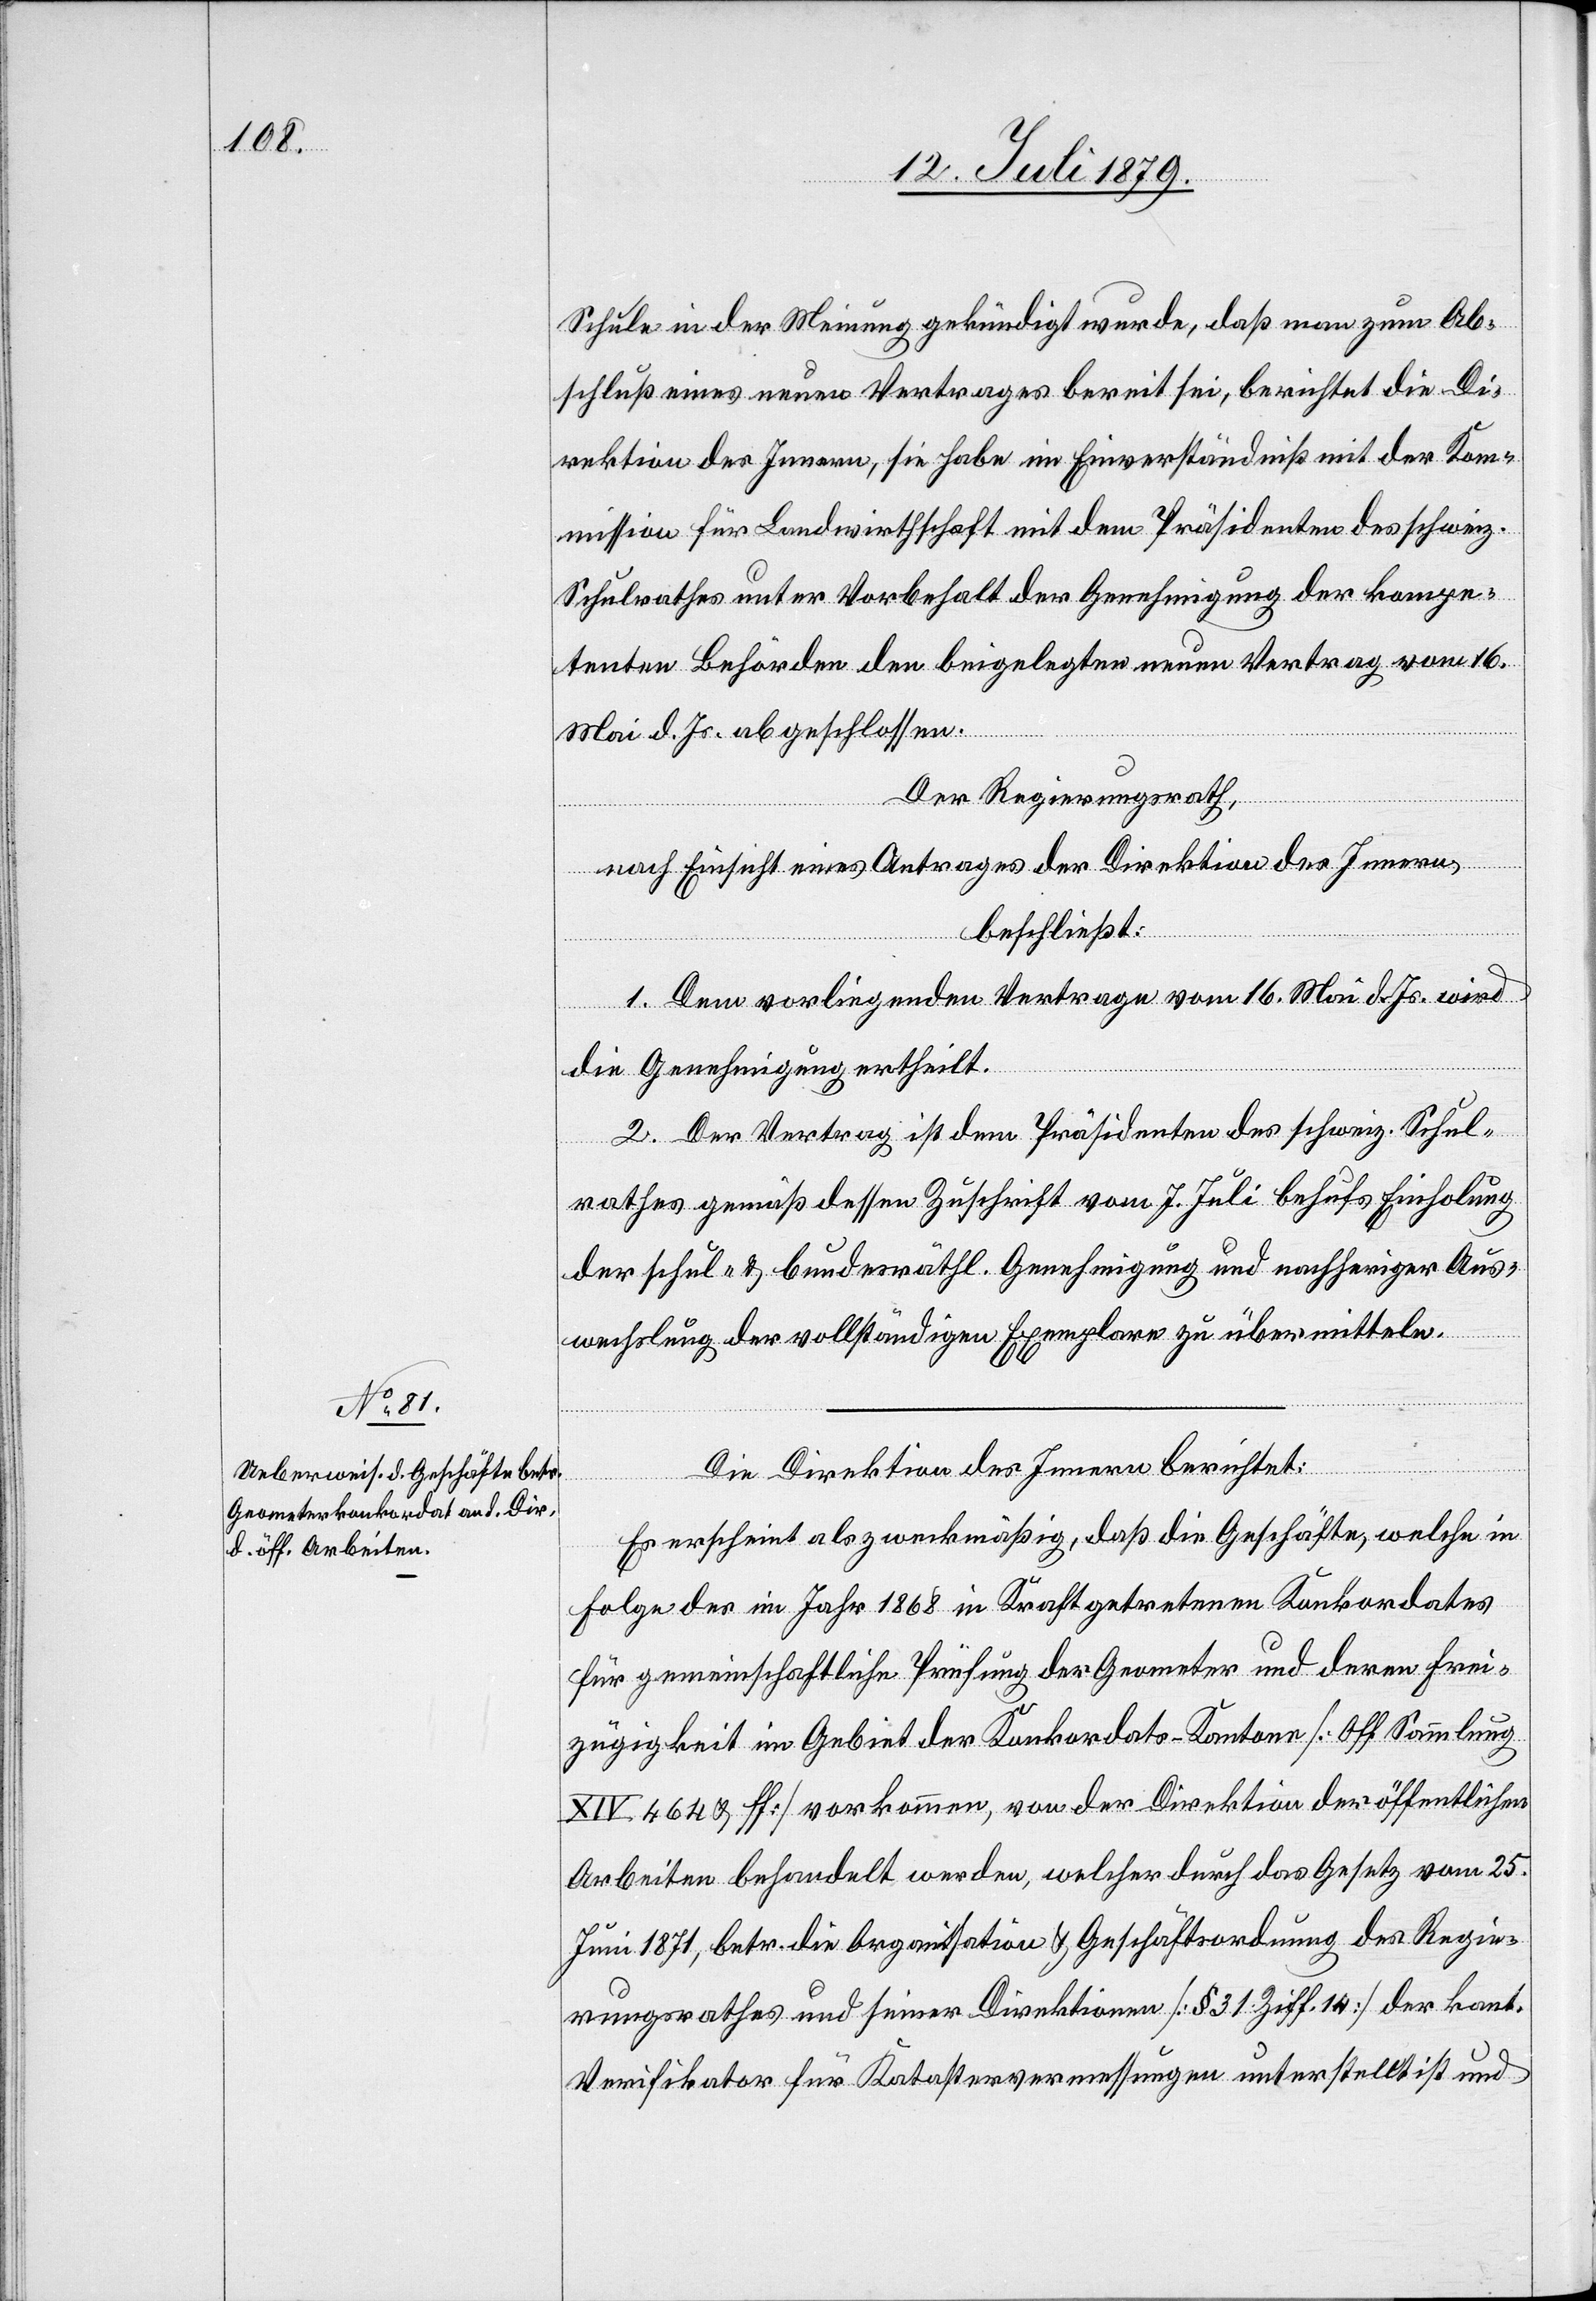
Schule in der Meinung gekündigt wurde, daß man zum Ab¬
schluß eines neuen Vertrages bereit sei, berichtet die Di¬
rektion des Innern, sie habe im Einverständniß mit der Kom¬
mission für Landwirthschaft mit dem Präsidenten des schweiz.
Schulrathes unter Vorbehalt der Genehmigung der kompe¬
tenten Behörden den beigelegten neuen Vertrag vom 16.
Mai d. Js. abgeschlossen.
Der Regierungsrath,
nach Einsicht eines Antrages der Direktion des Innern,
beschließt:
1. Dem vorliegenden Vertrage vom 16. Mai d. Js. wird
die Genehmigung ertheilt.
2. Der Vertrag ist dem Präsidenten des schweiz. Schul¬
rathes gemäß dessen Zuschrift vom 7. Juli behufs Einholung
der schul- & bundesräthl. Genehmigung und nachheriger Aus¬
wechslung der vollständigen Exemplare zu übermitteln.
Die Direktion des Innern berichtet:
Es erscheint als zweckmäßig, daß die Geschäfte, welche in
Folge des im Jahr 1868 in Kraft getretenen Konkordates
für gemeinschaftliche Prüfung der Geometer und deren Frei¬
zügigkeit im Gebiet der Konkordats-Kantone [Off. Sammlung
XIV 464 & ff] vorkommen, von der Direktion der öffentlichen
Arbeiten behandelt werden, welcher durch das Gesetz vom 25.
Juni 1871, betr. die Organisation & Geschäftsordnung des Regie¬
rungsrathes und seiner Direktionen [§ 31 Ziff. 14] der kant.
Verifikator für Katastervermessungen unterstellt ist und